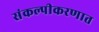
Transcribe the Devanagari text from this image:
संकल्पीकरणात